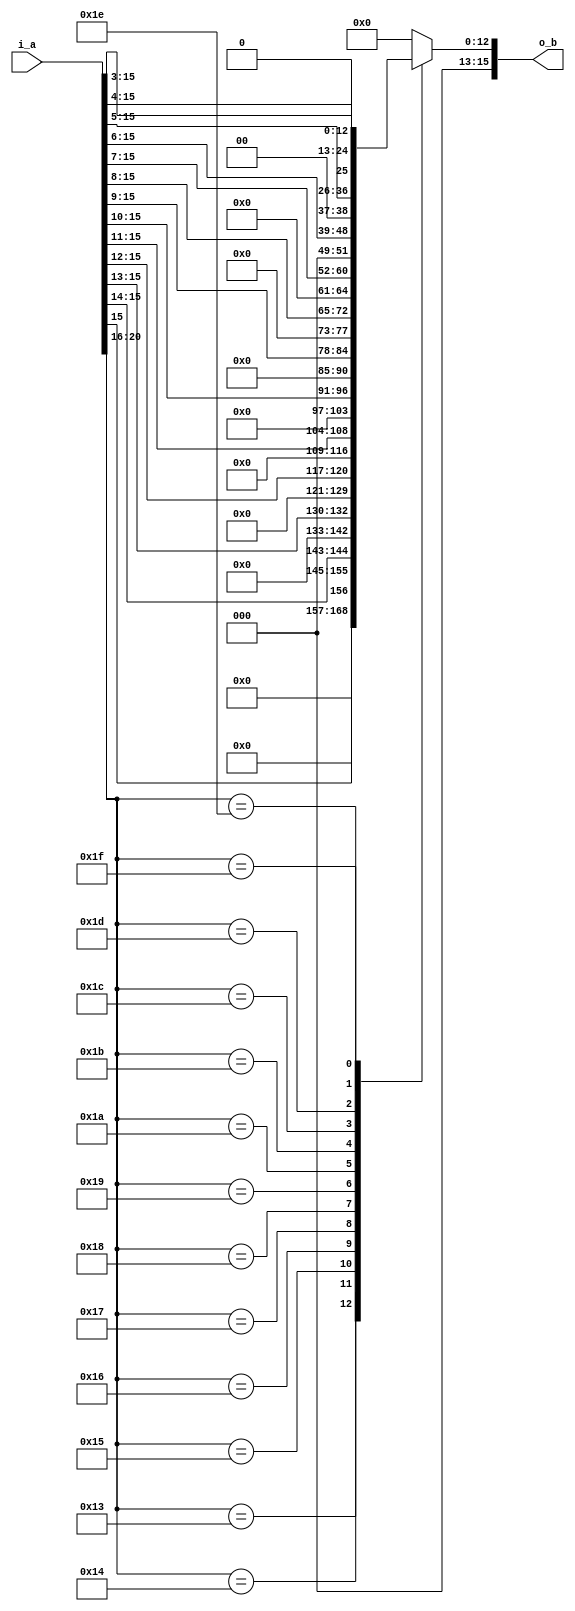
module fm_3d_f22_to_ui_b (
    i_a,
    o_b
);

///////////////////////////////////////////
//  port definition
///////////////////////////////////////////
    input  [21:0] i_a;          // input s1, e5, f1.15
    output [15:0] o_b;          // unsigned integer
///////////////////////////////////////////
//  wire definition
///////////////////////////////////////////
    // intermidiate wire
    wire [4:0]  w_exp;
    wire [15:0] w_fraction;

///////////////////////////////////////////
//  assign statement
///////////////////////////////////////////
    assign w_exp  = i_a[20:16];
    assign w_fraction = i_a[15:0];

    assign o_b = f_ftoi(w_exp, w_fraction);
///////////////////////////////////////////
//  function statement
///////////////////////////////////////////
    function [15:0] f_ftoi;
        input [4:0]  exp;
        input [15:0] frac;
        begin
            case (exp)
                5'd19: f_ftoi = {15'b0,frac[15]};    // bias 0
                5'd20: f_ftoi = {14'b0,frac[15:14]};
                5'd21: f_ftoi = {13'b0,frac[15:13]};
                5'd22: f_ftoi = {12'b0,frac[15:12]};
                5'd23: f_ftoi = {11'b0,frac[15:11]};
                5'd24: f_ftoi = {10'b0,frac[15:10]};
                5'd25: f_ftoi = {9'b0,frac[15:9]};
                5'd26: f_ftoi = {8'b0,frac[15:8]};
                5'd27: f_ftoi = {7'b0,frac[15:7]};
                5'd28: f_ftoi = {6'b0,frac[15:6]};
                5'd29: f_ftoi = {5'b0,frac[15:5]};
                5'd30: f_ftoi = {4'b0,frac[15:4]};
                5'd31: f_ftoi = {3'b0,frac[15:3]};
                default: f_ftoi = 16'h0;
            endcase
        end
    endfunction

endmodule